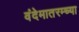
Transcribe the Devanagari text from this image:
वंदेमातरम्च्या